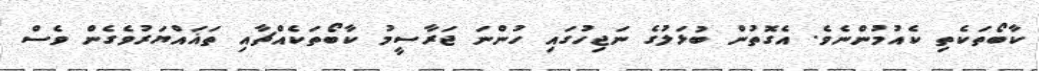
ކާބޯތަކެތި ކެއުމުންނެވެ. އެގޮތުން ބުޅަލުގެ ނަޖިހުގައި ހުންނަ ޖަރާސީމު ކާބޯތަކެއްޗާއި ތަޣައްޔަރުވެގެން ވެސް